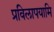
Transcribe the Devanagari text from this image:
प्रविलापयामि